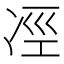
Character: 𠗊